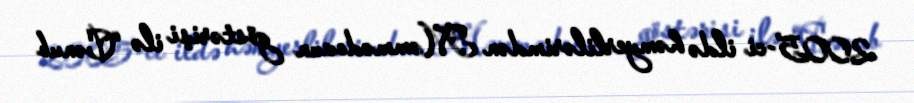
2005-ci ildə həmyerlilərimdən Məmmədovun göstərişi ilə “Cənub